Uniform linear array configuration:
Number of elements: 48
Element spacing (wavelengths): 0.25
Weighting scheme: blackman
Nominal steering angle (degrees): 30
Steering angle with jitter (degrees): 31.135
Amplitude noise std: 0.05
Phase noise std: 0.05

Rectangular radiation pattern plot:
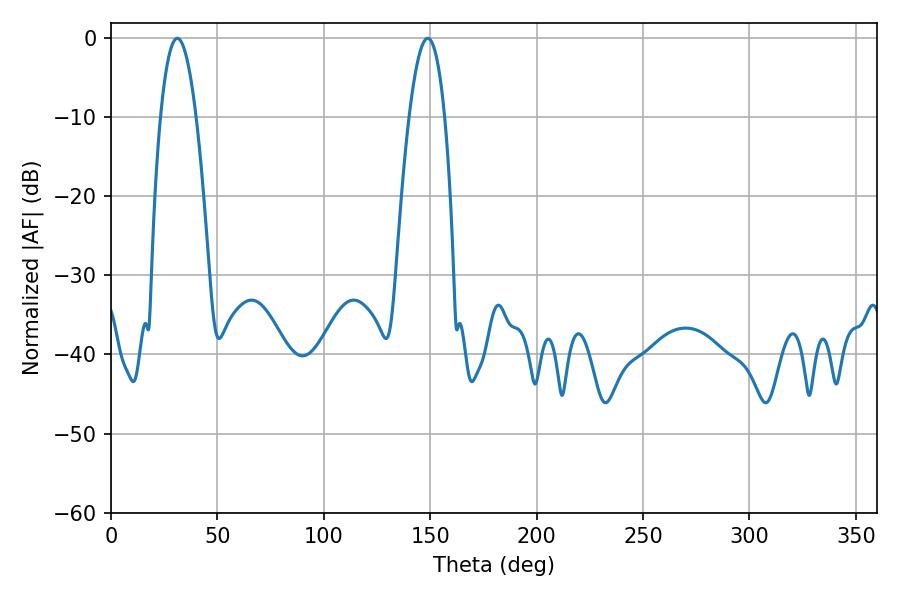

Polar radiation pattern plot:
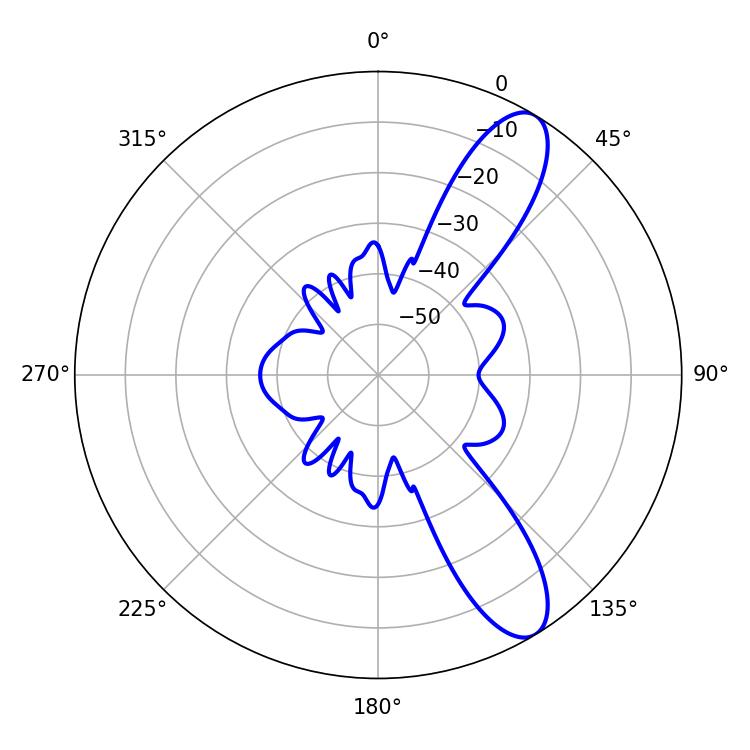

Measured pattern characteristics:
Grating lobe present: FALSE
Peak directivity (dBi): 10.461
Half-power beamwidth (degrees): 9.18
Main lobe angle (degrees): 31.14